Rangoon Lunatic Asylum 1893-1897 - 1893-1897
Year: 1893
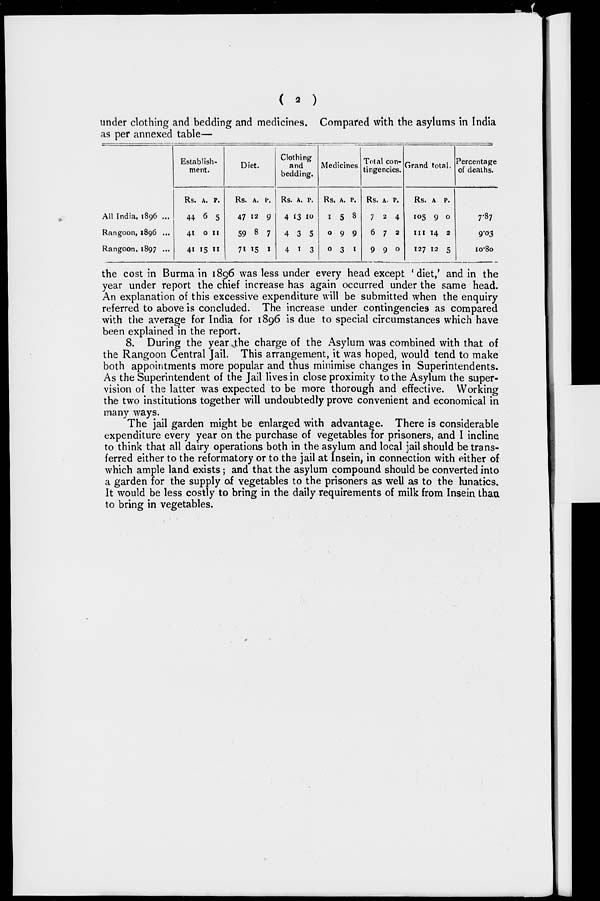
(
2
)
under clothing and bedding and medicines. Compared with the asylums in India
as per annexed table—
All India, 1896 ...
Rangoon, 1896 ...
Rangoon, 1897 ...
Establish-
ment.
Rs.
44
41
41
A.
6
0
15
P.
5
11
11
Diet.
Rs.
47
59
71
A.
12
8
15
P.
9
7
1
Clothing
and
bedding.
Rs.
4
4
4
A.
13
3
1
P.
10
5
3
Medicines.
Rs.
1
0
0
A.
5
9
3
P.
8
9
1
Total con-
tingencies.
Rs.
7
6
9
A.
2
7
9
P.
4
2
0
Grand total.
Rs.
105
111
127
A.
9
14
12
P.
0
2
5
Percentage
of deaths.
7.87
9.03
10.80
the cost in Burma in 1896 was less under every head except ' diet,' and in the
year under report the chief increase has again occurred under the same head.
An explanation of this excessive expenditure will be submitted when the enquiry
referred to above is concluded. The increase under contingencies as compared
with the average for India for 1896 is due to special circumstances which have
been explained in the report.
8. During the year the charge of the Asylum was combined with that of
the Rangoon Central Jail. This arrangement, it was hoped, would tend to make
both appointments more popular and thus minimise changes in Superintendents.
As the Superintendent of the Jail lives in close proximity to the Asylum the super-
vision of the latter was expected to be more thorough and effective. Working
the two institutions together will undoubtedly prove convenient and economical in
many ways.
The jail garden might be enlarged with advantage. There is considerable
expenditure every year on the purchase of vegetables for prisoners, and I incline
to think that all dairy operations both in the asylum and local jail should be trans-
ferred either to the reformatory or to the jail at Insein, in connection with either of
which ample land exists; and that the asylum compound should be converted into
a garden for the supply of vegetables to the prisoners as well as to the lunatics.
It would be less costly to bring in the daily requirements of milk from Insein than
to bring in vegetables.